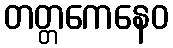
တတ္တကေနေဝ